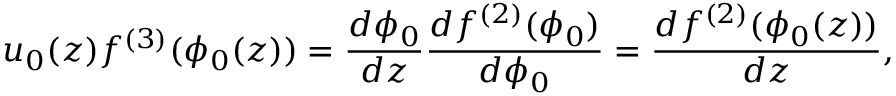
u _ { 0 } ( z ) f ^ { ( 3 ) } ( \phi _ { 0 } ( z ) ) = \frac { d \phi _ { 0 } } { d z } \frac { d f ^ { ( 2 ) } ( \phi _ { 0 } ) } { d \phi _ { 0 } } = \frac { d f ^ { ( 2 ) } ( \phi _ { 0 } ( z ) ) } { d z } ,